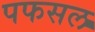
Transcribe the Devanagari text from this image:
पफसल